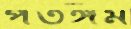
পতঙ্গম